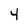
Character: 4